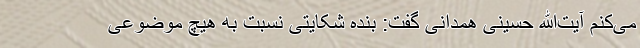
می‌کنم آیت‌الله حسینی همدانی گفت: بنده شکایتی نسبت به هیچ موضوعی